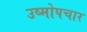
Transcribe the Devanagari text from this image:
उष्मोपचार